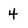
Character: 4